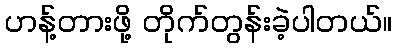
ဟန့်တားဖို့ တိုက်တွန်းခဲ့ပါတယ်။